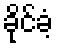
ခိုင်ခံ့